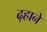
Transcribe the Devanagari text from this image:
ढ़हाने